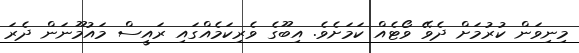
މިނިވަން ކުރުމަށް ދެވޭ ވޯޓެއް ކަމަށެވެ. އިބޫގެ ވެރިކަމެއްގައި ރައީސް މައުމޫނަން ދެރަ